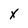
Character: X